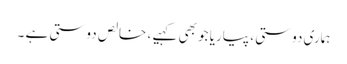
ہماری دوستی ، پیاریا جو بھی کہیے ، خالص دوستی ہے ۔